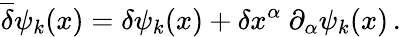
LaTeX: \overline{{{\delta}}}\psi_{k}(x)=\delta\psi_{k}(x)+\delta x^{\alpha}\ \partial_{\alpha}\psi_{k}(x)\, .